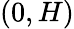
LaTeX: (0,H)